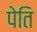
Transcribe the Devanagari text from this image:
पेति